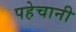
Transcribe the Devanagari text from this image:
पहेचानी